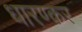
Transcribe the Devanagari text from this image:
धारण्कर